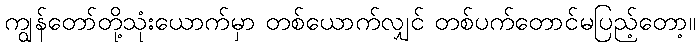
ကျွန်တော်တို့သုံးယောက်မှာ တစ်ယောက်လျှင် တစ်ပက်တောင်မပြည့်တော့။